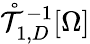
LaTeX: \mathring{\mathcal{T}}_{1,D}^{-1}[\Omega]